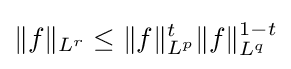
\|f\|_{L^{r}}\leq \|f\|_{L^{p}}^{t}\|f\|_{L^{q}}^{1-t}